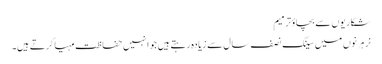
شکاریوں سے بچاؤترمیم
نر ہرنوں میں سینگ نصف سال سے زیادہ رہتے ہیں جو انہیں حفاظت مہیا کرتے ہیں۔